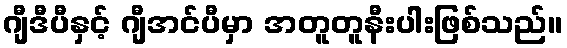
ဂျီဒီပီနှင့် ဂျီအင်ပီမှာ အတူတူနီးပါးဖြစ်သည်။